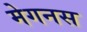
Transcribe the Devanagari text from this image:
मेगनस